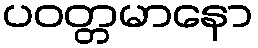
ပဝတ္တမာနော